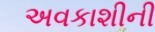
અવકાશીની